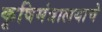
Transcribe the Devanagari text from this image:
कृषिमंत्रालयाचे